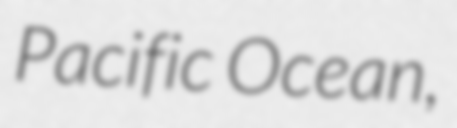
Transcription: Pacific Ocean,